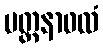
ပတ္ထနာဖလံ